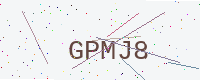
Text: GPMJ8